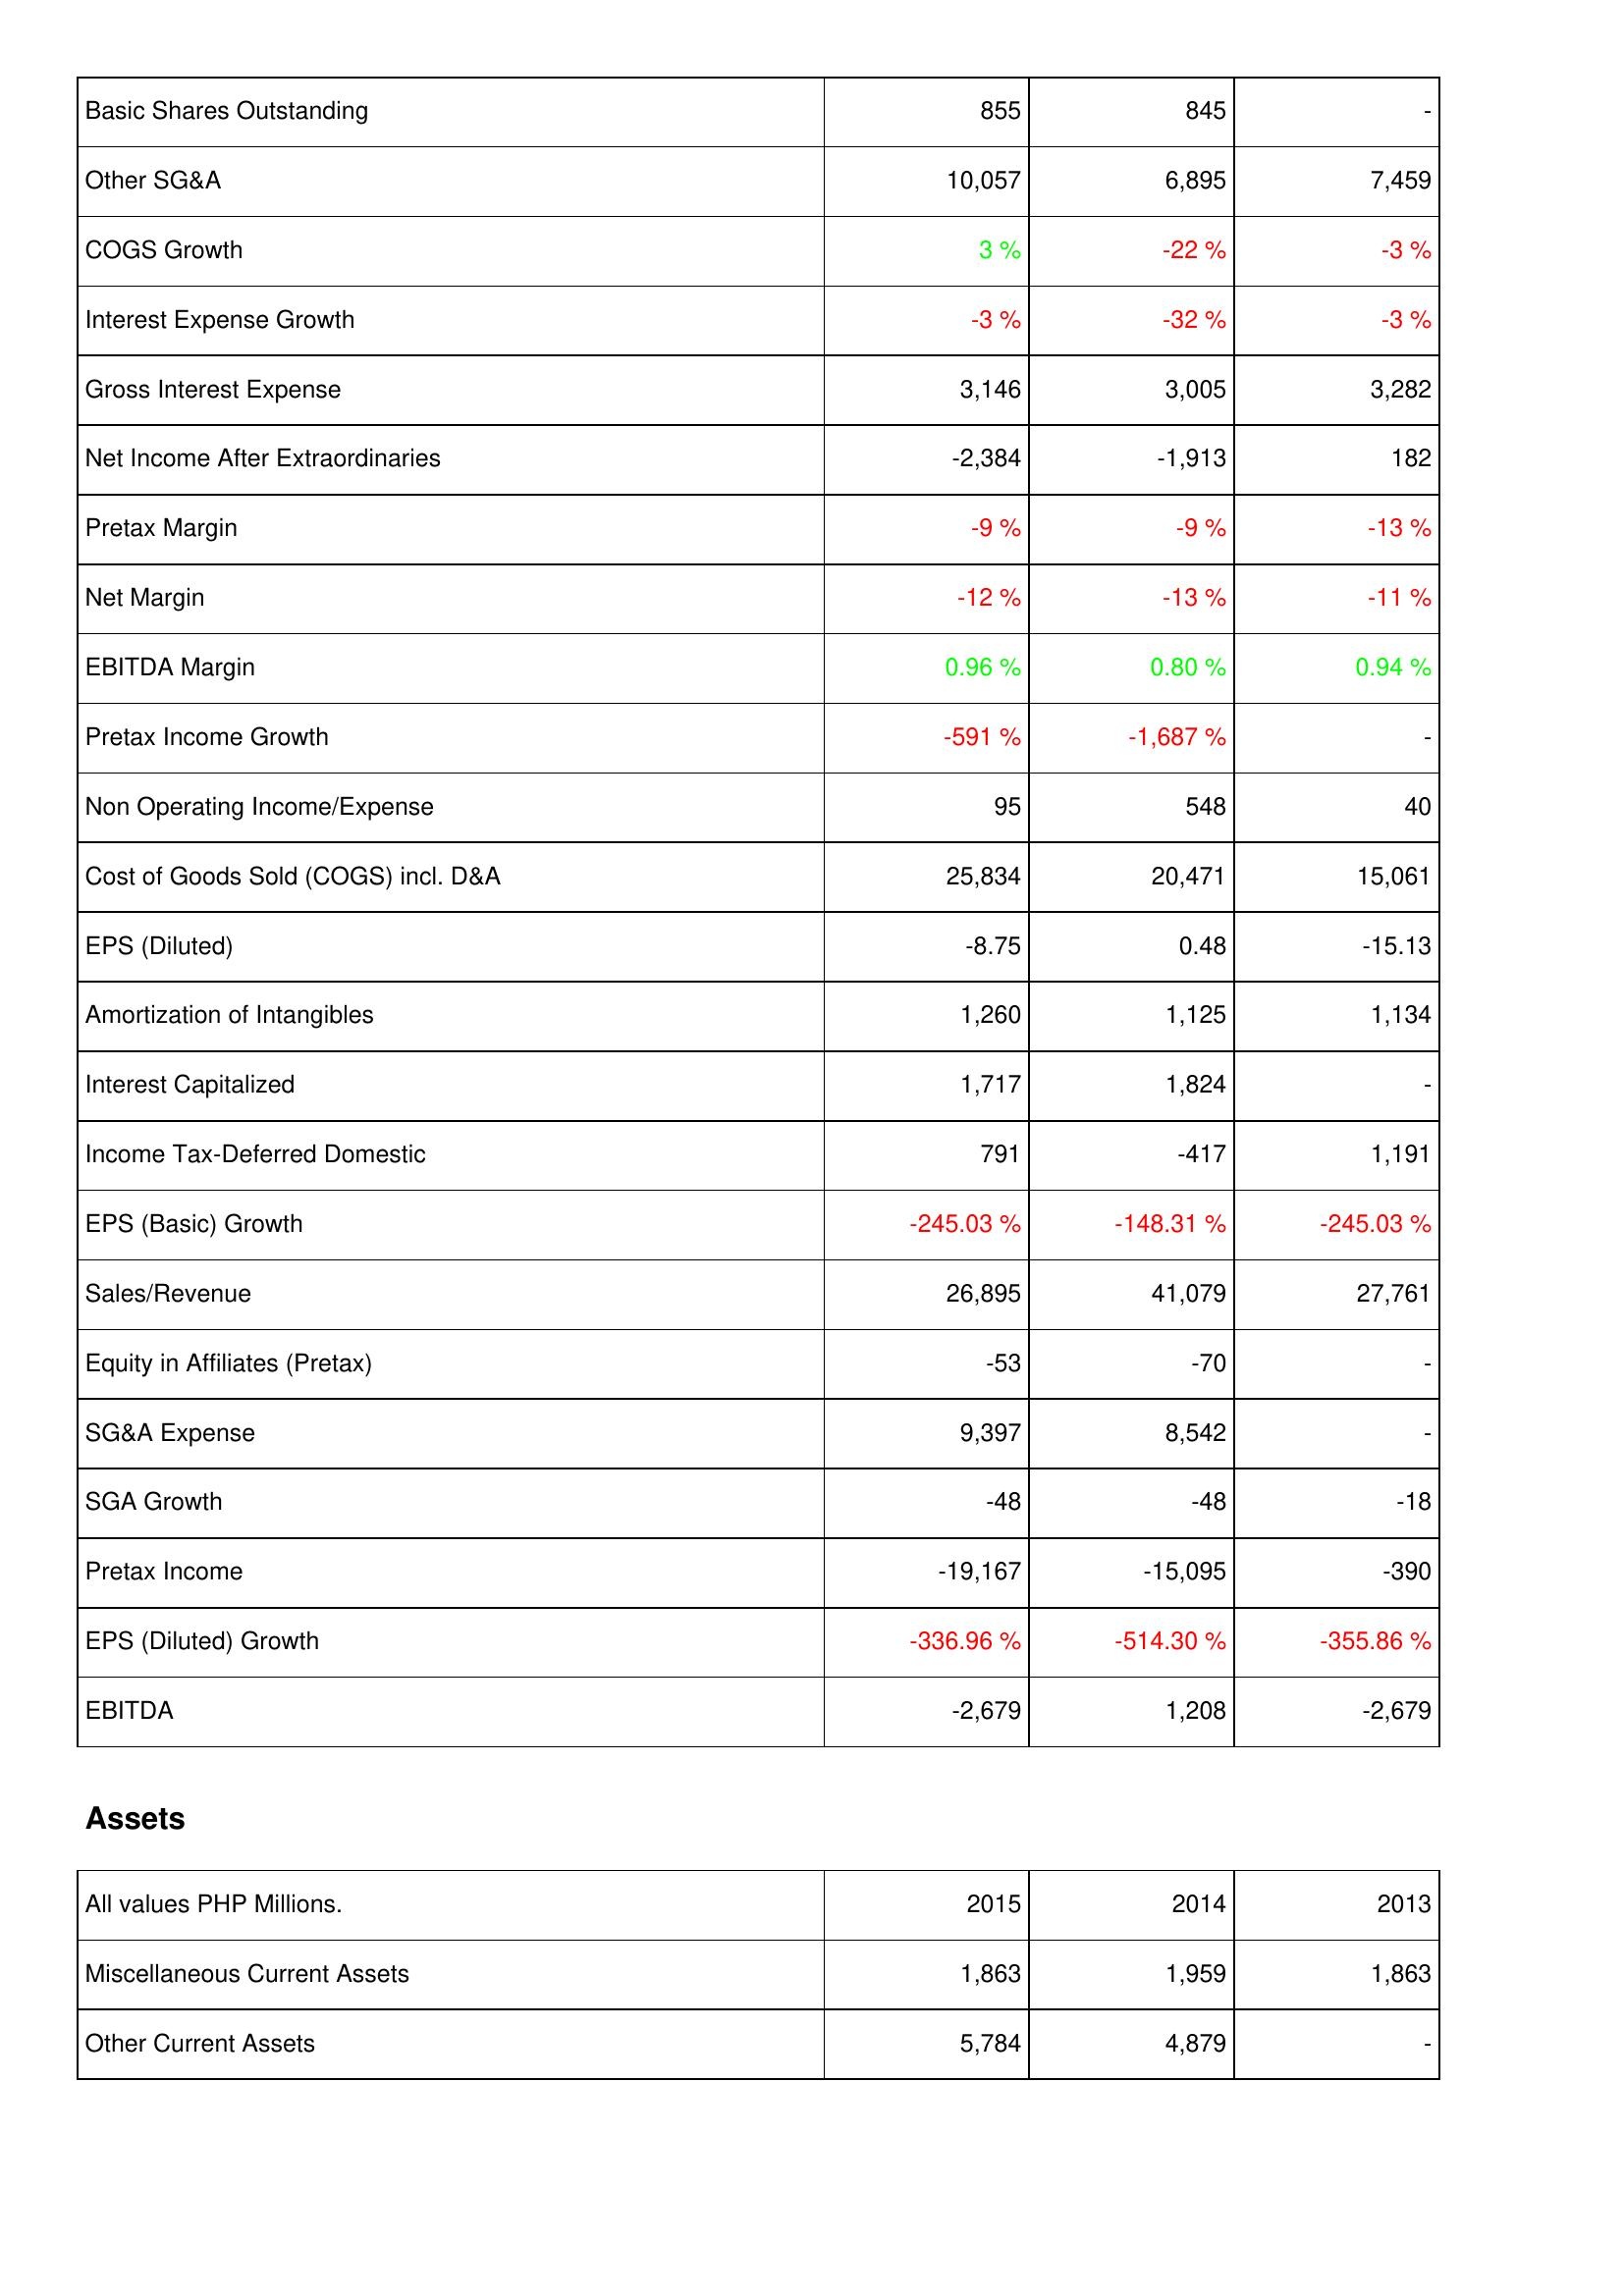
2015: Income Statement: Basic Shares Outstanding: 855
Other SG&A: 10,057
COGS Growth: 3 %
Interest Expense Growth: -3 %
Gross Interest Expense: 3,146
Net Income After Extraordinaries: -2,384
Pretax Margin: -9 %
Net Margin: -12 %
EBITDA Margin: 0.96 %
Pretax Income Growth: -591 %
Non Operating Income/Expense: 95
Cost of Goods Sold (COGS) incl. D&A: 25,834
EPS (Diluted): -8.75
Amortization of Intangibles: 1,260
Interest Capitalized: 1,717
Income Tax-Deferred Domestic: 791
EPS (Basic) Growth: -245.03 %
Sales/Revenue: 26,895
Equity in Affiliates (Pretax): -53
SG&A Expense: 9,397
SGA Growth: -48
Pretax Income: -19,167
EPS (Diluted) Growth: -336.96 %
EBITDA: -2,679
Assets: Miscellaneous Current Assets: 1,863
Other Current Assets: 5,784
2014: Income Statement: Basic Shares Outstanding: 845
Other SG&A: 6,895
COGS Growth: -22 %
Interest Expense Growth: -32 %
Gross Interest Expense: 3,005
Net Income After Extraordinaries: -1,913
Pretax Margin: -9 %
Net Margin: -13 %
EBITDA Margin: 0.80 %
Pretax Income Growth: -1,687 %
Non Operating Income/Expense: 548
Cost of Goods Sold (COGS) incl. D&A: 20,471
EPS (Diluted): 0.48
Amortization of Intangibles: 1,125
Interest Capitalized: 1,824
Income Tax-Deferred Domestic: -417
EPS (Basic) Growth: -148.31 %
Sales/Revenue: 41,079
Equity in Affiliates (Pretax): -70
SG&A Expense: 8,542
SGA Growth: -48
Pretax Income: -15,095
EPS (Diluted) Growth: -514.30 %
EBITDA: 1,208
Assets: Miscellaneous Current Assets: 1,959
Other Current Assets: 4,879
2013: Income Statement: Basic Shares Outstanding: -
Other SG&A: 7,459
COGS Growth: -3 %
Interest Expense Growth: -3 %
Gross Interest Expense: 3,282
Net Income After Extraordinaries: 182
Pretax Margin: -13 %
Net Margin: -11 %
EBITDA Margin: 0.94 %
Pretax Income Growth: -
Non Operating Income/Expense: 40
Cost of Goods Sold (COGS) incl. D&A: 15,061
EPS (Diluted): -15.13
Amortization of Intangibles: 1,134
Interest Capitalized: -
Income Tax-Deferred Domestic: 1,191
EPS (Basic) Growth: -245.03 %
Sales/Revenue: 27,761
Equity in Affiliates (Pretax): -
SG&A Expense: -
SGA Growth: -18
Pretax Income: -390
EPS (Diluted) Growth: -355.86 %
EBITDA: -2,679
Assets: Miscellaneous Current Assets: 1,863
Other Current Assets: -